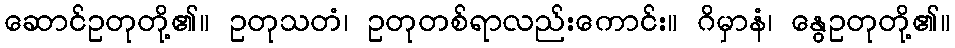
ဆောင်ဥတုတို့၏။ ဥတုသတံ၊ ဥတုတစ်ရာလည်းကောင်း။ ဂိမှာနံ၊ နွေဥတုတို့၏။